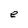
Character: e